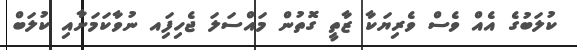
ކުލަބުގެ އެއް ވެސް ވެރިޔަކާ ޒާތީ ގޮތުން މައްސަލަ ޖެހިފަިއ ނުވާކަމަށާއިި ކުލަބް